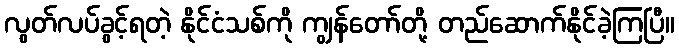
လွတ်လပ်ခွင့်ရတဲ့ နိုင်ငံသစ်ကို ကျွန်တော်တို့ တည်ဆောက်နိုင်ခဲ့ကြပြီ။